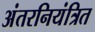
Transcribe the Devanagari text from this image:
अंतरनियंत्रित